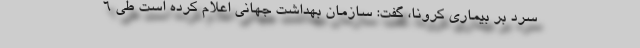
سرد بر بیماری کرونا، گفت: سازمان بهداشت جهانی اعلام کرده است طی ۶